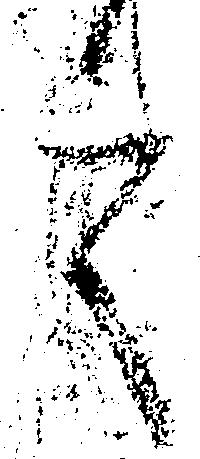
言